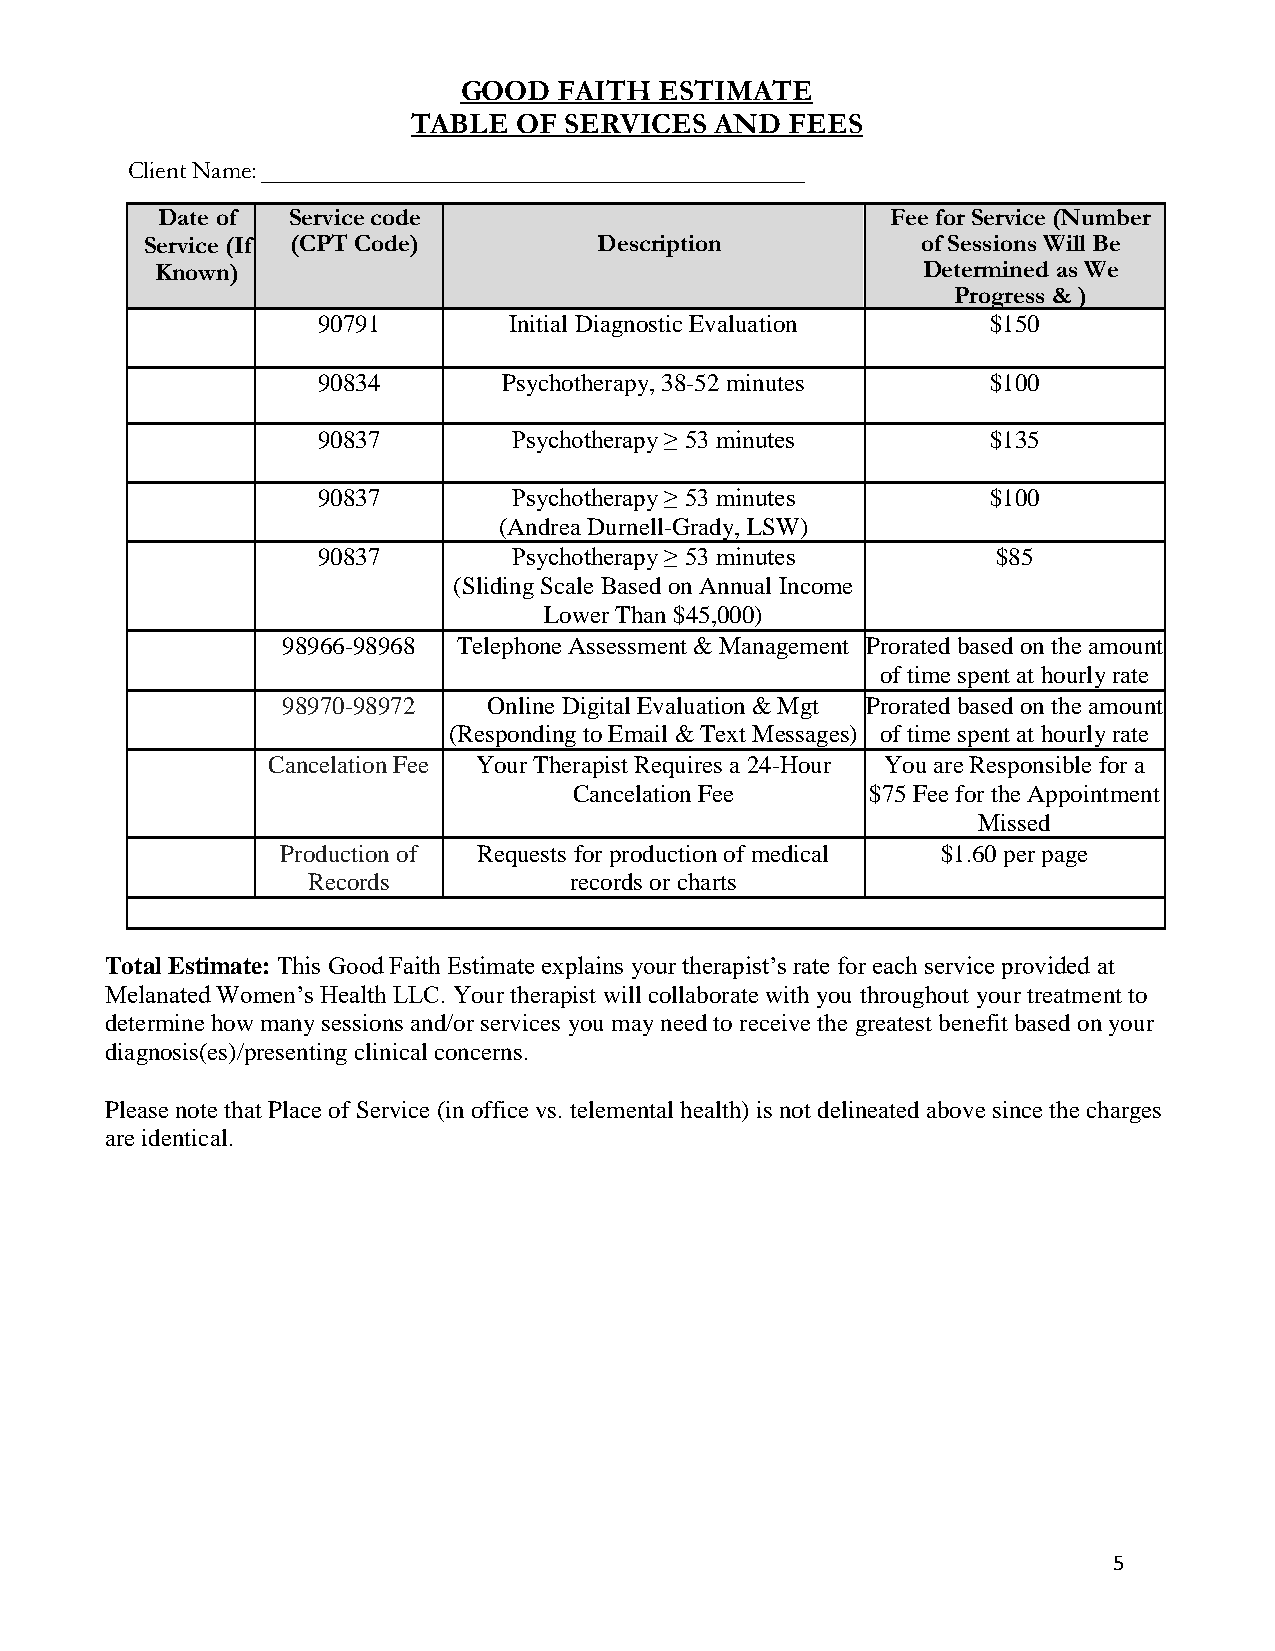
GOOD   FAITH  ESTIMATE
 TABLE  OF SERVICES  AND  FEES
 Client Name:
 Date of  Service code                            Fee for Service (Number
 Service (If (CPT Code)        Description          of Sessions Will Be
 Known)                                             Determined as We
 Progress & )
 90791        Initial Diagnostic Evaluation   $150
 90834       Psychotherapy, 38-52 minutes     $100
 90837        Psychotherapy ≥ 53 minutes      $135
 90837        Psychotherapy ≥ 53 minutes      $100
 (Andrea Durnell-Grady, LSW)
 90837        Psychotherapy ≥ 53 minutes      $85
 (Sliding Scale Based on Annual Income
 Lower Than $45,000)
 98966-98968 Telephone Assessment & Management Prorated based on the amount
 of time spent at hourly rate
 98970-98972  Online Digital Evaluation & Mgt Prorated based on the amount
 (Responding to Email & Text Messages) of time spent at hourly rate
 Cancelation Fee Your Therapist Requires a 24-Hour You are Responsible for a
 Cancelation Fee     $75 Fee for the Appointment
 Missed
 Production of Requests for production of medical $1.60 per page
 Records           records or charts
 Total Estimate: This Good Faith Estimate explains your therapist’s rate for each service provided at
 Melanated Women’s Health LLC. Your therapist will collaborate with you throughout your treatment to
 determine how many sessions and/or services you may need to receive the greatest benefit based on your
 diagnosis(es)/presenting clinical concerns.
 Please note that Place of Service (in office vs. telemental health) is not delineated above since the charges
 are identical.
 5